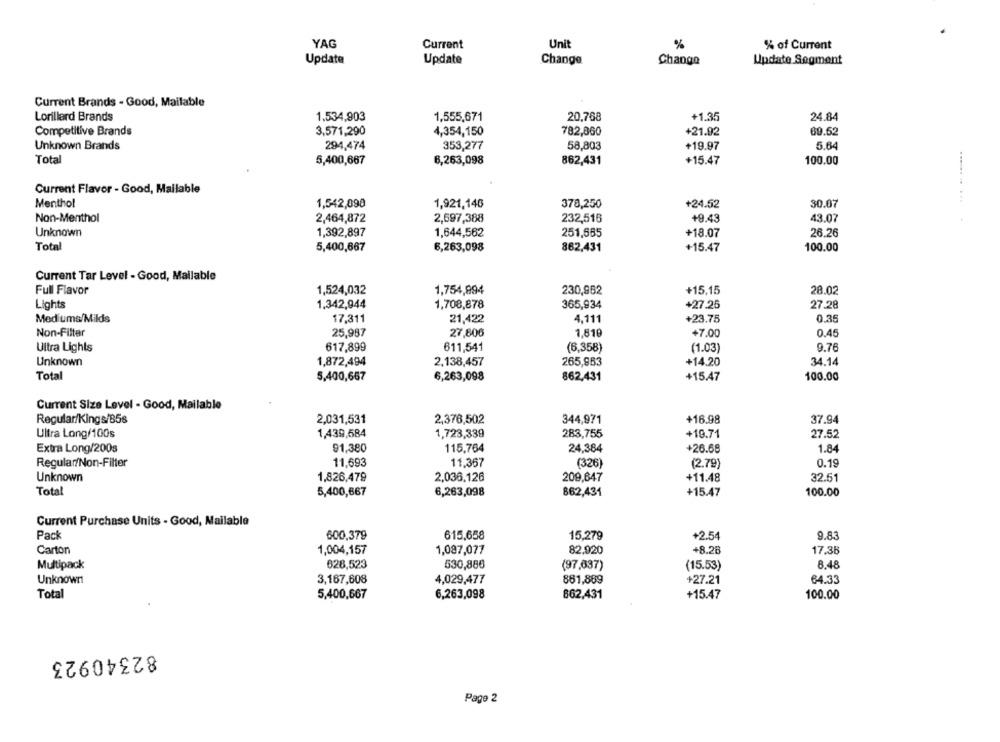
YAG
Current
Unit
%
% of Current
Update
Change
Update
Change
Update Segment
Current Brands - Good, Mailable
Lorillard Brands
1.534,903
1,555,671
20,768
+1.35
24.84
Competitive Brands
3,571,290
4,354,150
782,860
+21.92
69.52
Unknown Brands
294,474
353,277
58,803
+19.97
5.64
Total
5,400,667
6,263,098
862,431
+15.47
100.00
Current Flavor - Good, Mailable
Menthol
1,542,090
1,921,146
378,250
+24.52
30.07
Non-Menthol
2,464,872
2,697,388
232,516
+9.43
43.07
Unknown
1,392,897
1,644,562
251,665
+18.07
26.26
Total
5,400,667
6,263,098
862,431
+15.47
100.00
Current Tar Level - Good, Mailable
Full Flavor
1,524,032
230,962
+15.15
1,754,894
28.02
Lights
1.342,944
1,708,878
365,934
+27.25
27.28
Med ums/Milds
17,311
21,422
4,111
+23.75
0.35
Non-Filter
25,987
27,806
1.819
+7.00
0.45
Ultra Lights
617,899
611,541
(6,358)
(1.03)
9.76
Unknown
1,872,494
2,138,457
265,963
+14.20
34.14
Total
5,400,667
6,263,098
862.431
+15.47
100.00
Current Size Level - Good, Mailable
Regular/Kings/85s
2,031,531
2,376,502
344,971
+16.98
37.94
Ultra Long/100s
1,439,584
1,723,339
283,755
+19.71
27.52
Extra Long/200s
91,380
115,764
24,384
+26.68
1.84
Regular/Non-Filter
11,693
11,367
(326)
(2.79)
0.19
Unknown
1,826,479
2,036,126
209,647
+11.48
32.51
Total
5,400,667
6,263,098
862,431
+15.47
100.00
Current Purchase Units - Good, Mailable
Pack
600,379
615,658
15,279
+2.54
9.83
Carton
1,004,157
82.920
+8.26
1,097,077
17,38
Multipack
628,523
530,886
8.48
(97,637)
(15.53)
Unknown
881,889
3,167,608
4,029,477
+27.21
64.33
Total
5,400,667
6,263,098
862,431
+15.47
100.00
82340923
Pago 2